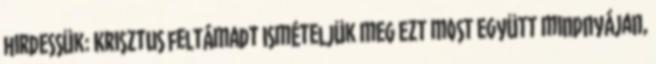
hirdessük: Krisztus feltámadt Ismételjük meg ezt most együtt mindnyájan,